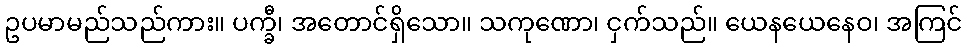
ဥပမာမည်သည်ကား။ ပက္ခီ၊ အတောင်ရှိသော။ သကုဏော၊ ငှက်သည်။ ယေနယေနေဝ၊ အကြင်